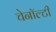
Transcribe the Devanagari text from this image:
चेनॉल्टी